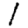
Digit: 1